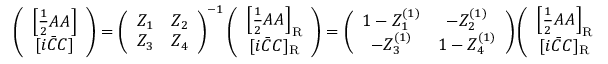
\left( \begin{array} { c } { { \left[ \frac 1 2 A A \right] } } \\ { { [ i \bar { C } C ] } } \end{array} \right) = \left( \begin{array} { c c } { { Z _ { 1 } } } & { { Z _ { 2 } } } \\ { { Z _ { 3 } } } & { { Z _ { 4 } } } \end{array} \right) ^ { - 1 } \left( \begin{array} { c } { { \left[ \frac 1 2 A A \right] _ { \mathrm { R } } } } \\ { { [ i \bar { C } C ] _ { \mathrm { R } } } } \end{array} \right) = \left( \begin{array} { c c } { { 1 - Z _ { 1 } ^ { ( 1 ) } } } & { { - Z _ { 2 } ^ { ( 1 ) } } } \\ { { - Z _ { 3 } ^ { ( 1 ) } } } & { { 1 - Z _ { 4 } ^ { ( 1 ) } } } \end{array} \right) \left( \begin{array} { c } { { \left[ \frac 1 2 A A \right] _ { \mathrm { R } } } } \\ { { [ i \bar { C } C ] _ { \mathrm { R } } } } \end{array} \right) ,